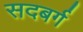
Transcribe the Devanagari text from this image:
सदबर्ग